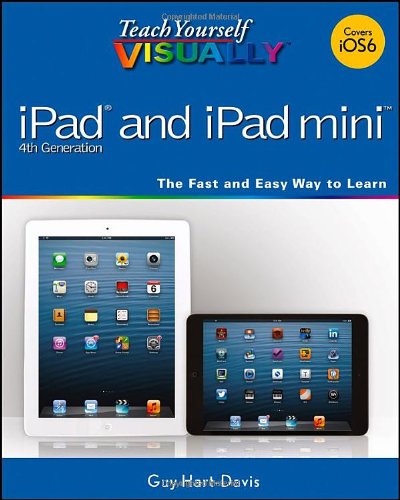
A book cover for Teach Yourself VISUALLY iPad 4th Generation and iPad mini; Guy Hart-Davis; Computers & Technology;